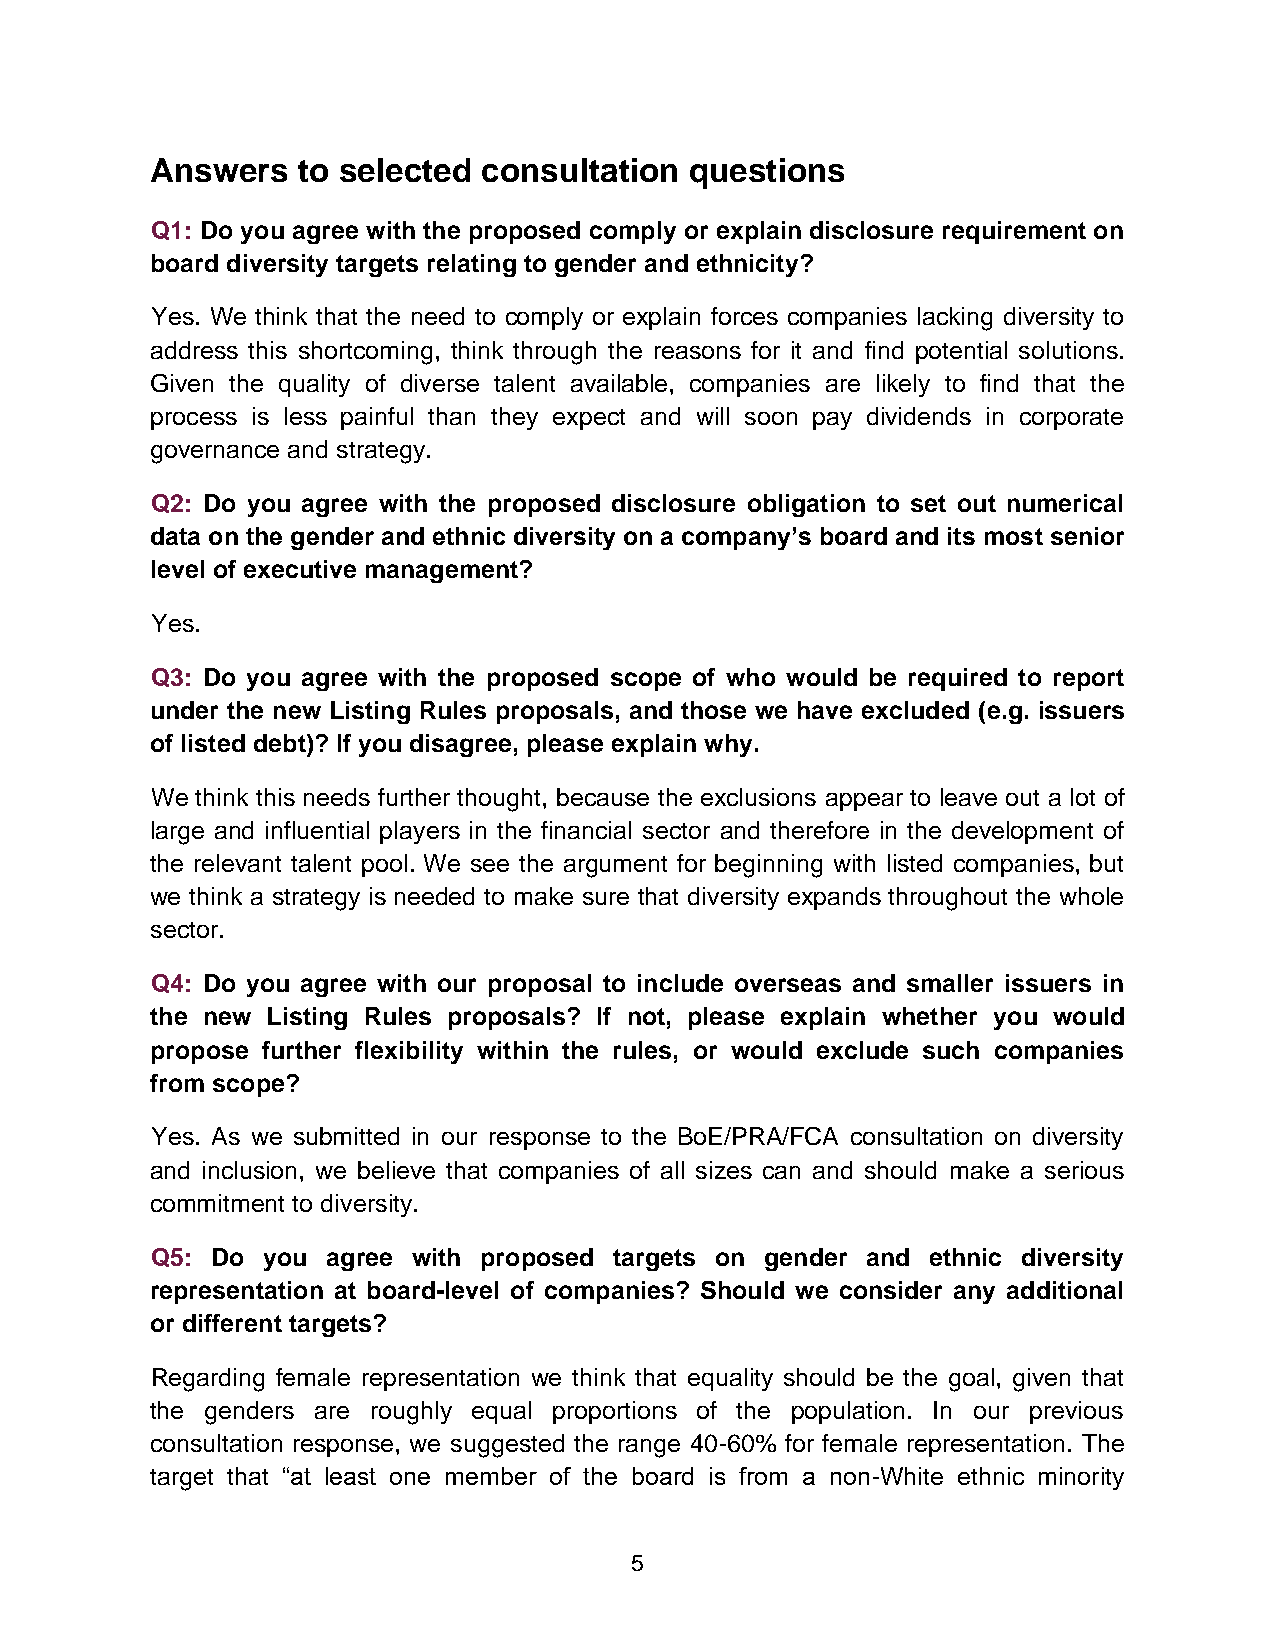
Answers   to selected consultation  questions
 Q1: Do you agree with the proposed comply or explain disclosure requirement on
 board diversity targets relating to gender and ethnicity?
 Yes. We think that the need to comply or explain forces companies lacking diversity to
 address this shortcoming, think through the reasons for it and find potential solutions.
 Given the quality of diverse talent available, companies are likely to find that the
 process is less painful than they expect and will soon pay dividends in corporate
 governance and strategy.
 Q2: Do you agree with the proposed disclosure obligation to set out numerical
 data on the gender and ethnic diversity on a company’s board and its most senior
 level of executive management?
 Yes.
 Q3: Do you agree with the proposed scope of who would be required to report
 under the new Listing Rules proposals, and those we have excluded (e.g. issuers
 of listed debt)? If you disagree, please explain why.
 We think this needs further thought, because the exclusions appear to leave out a lot of
 large and influential players in the financial sector and therefore in the development of
 the relevant talent pool. We see the argument for beginning with listed companies, but
 we think a strategy is needed to make sure that diversity expands throughout the whole
 sector.
 Q4: Do you agree with our proposal to include overseas and smaller issuers in
 the new Listing Rules proposals? If not, please explain whether you would
 propose further flexibility within the rules, or would exclude such companies
 from scope?
 Yes. As we submitted in our response to the BoE/PRA/FCA consultation on diversity
 and inclusion, we believe that companies of all sizes can and should make a serious
 commitment to diversity.
 Q5: Do you  agree with proposed targets on gender and ethnic diversity
 representation at board-level of companies? Should we consider any additional
 or different targets?
 Regarding female representation we think that equality should be the goal, given that
 the genders are roughly equal proportions of the population. In our previous
 consultation response, we suggested the range 40-60% for female representation. The
 target that “at least one member of the board is from a non-White ethnic minority
 5